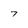
Character: 7